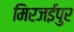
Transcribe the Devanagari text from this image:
मिरजईपुर